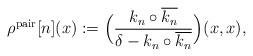
LaTeX: \begin{align*}\rho^\mathrm{pair}[n](x) := \Big(\frac{k_n\circ\overline{k_n}}{\delta - k_n\circ \overline{k_n}}\Big)(x,x),\end{align*}